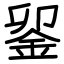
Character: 𨥫